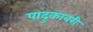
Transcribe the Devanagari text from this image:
पादुकावरी